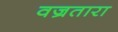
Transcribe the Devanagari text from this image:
वज्रतारा